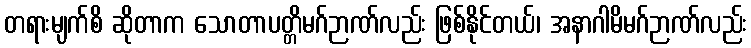
တရားမျက်စိ ဆိုတာက သောတာပတ္တိမဂ်ဉာဏ်လည်း ဖြစ်နိုင်တယ်၊ အနာဂါမိမဂ်ဉာဏ်လည်း